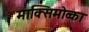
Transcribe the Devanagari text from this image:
माक्सिमोव्का